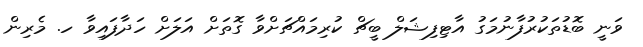
ވަނީ ބޮޑުތަކުރުފާނުމަގު އާޓިފިޝަލް ބީޗް ކުރިމައްޗަށްވާ ގޮތަށް އަލަށް ހަދާފައިވާ ހ. މެރިން